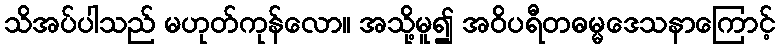
သိအပ်ပါသည် မဟုတ်ကုန်လော။ အသို့မူ၍ အဝိပရီတဓမ္မဒေသနာကြောင့်